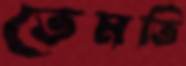
তেমতি